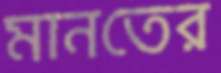
মানতের